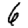
Digit: 6